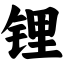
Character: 锂